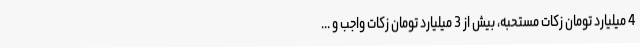
4 میلیارد تومان زکات مستحبه، بیش از 3 میلیارد تومان زکات واجب و ...